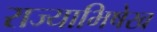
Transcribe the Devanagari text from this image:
राज्याभिषेख